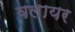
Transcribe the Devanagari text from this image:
वलायर